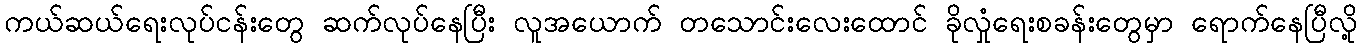
ကယ်ဆယ်ရေးလုပ်ငန်းတွေ ဆက်လုပ်နေပြီး လူအယောက် တသောင်းလေးထောင် ခိုလှုံရေးစခန်းတွေမှာ ရောက်နေပြီလို့